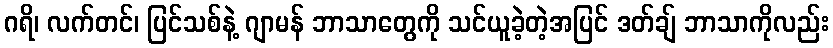
ဂရိ၊ လက်တင်၊ ပြင်သစ်နဲ့ ဂျာမန် ဘာသာတွေကို သင်ယူခဲ့တဲ့အပြင် ဒတ်ချ် ဘာသာကိုလည်း